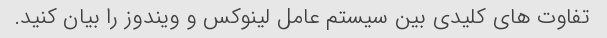
تفاوت های کلیدی بین سیستم عامل لینوکس و ویندوز را بیان کنید.